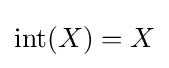
\operatorname {int} (X)=X